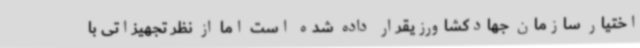
اختیار سازمان جهادکشاورزیقرار داده شده است اما از نظر تجهیزاتی با